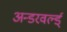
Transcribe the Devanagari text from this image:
अन्डरवर्ल्ड्